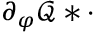
\partial _ { \varphi } \mathcal { Q } \ast \cdot